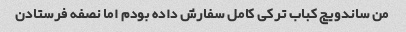
من ساندویچ کباب ترکی کامل سفارش داده بودم اما نصفه فرستادن